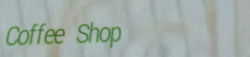
Coffee Shop